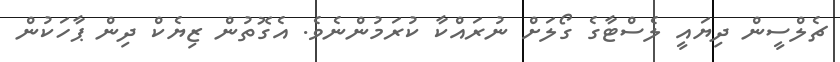
ޗެލްސީން ދިޔައީ ލެސްޓާގެ ގޯލަށް ނުރައްކާ ކުރަމުންނެވެ. އެގޮތުން ޒިޔެކް ދިން ޕާހަކުން